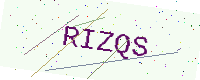
Text: RIZQS